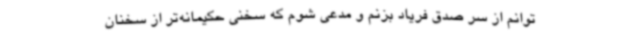
‌توانم از سر صدق فریاد بزنم و مدعی شوم که سخنی حکیمانه‌تر از سخنان